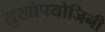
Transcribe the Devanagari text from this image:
सुखोपयोजिनी